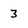
Character: 3